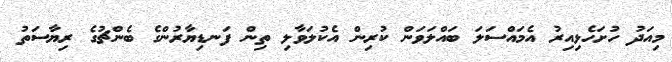
މިއަދު ހުށަހެޅިއިރު އެމައްސަލަ ބައްލަވަން ކުރިން އެކުލަވާލި ތިން ފަނޑިޔާރުންގެ ބެންޗުގެ ރިޔާސަތު